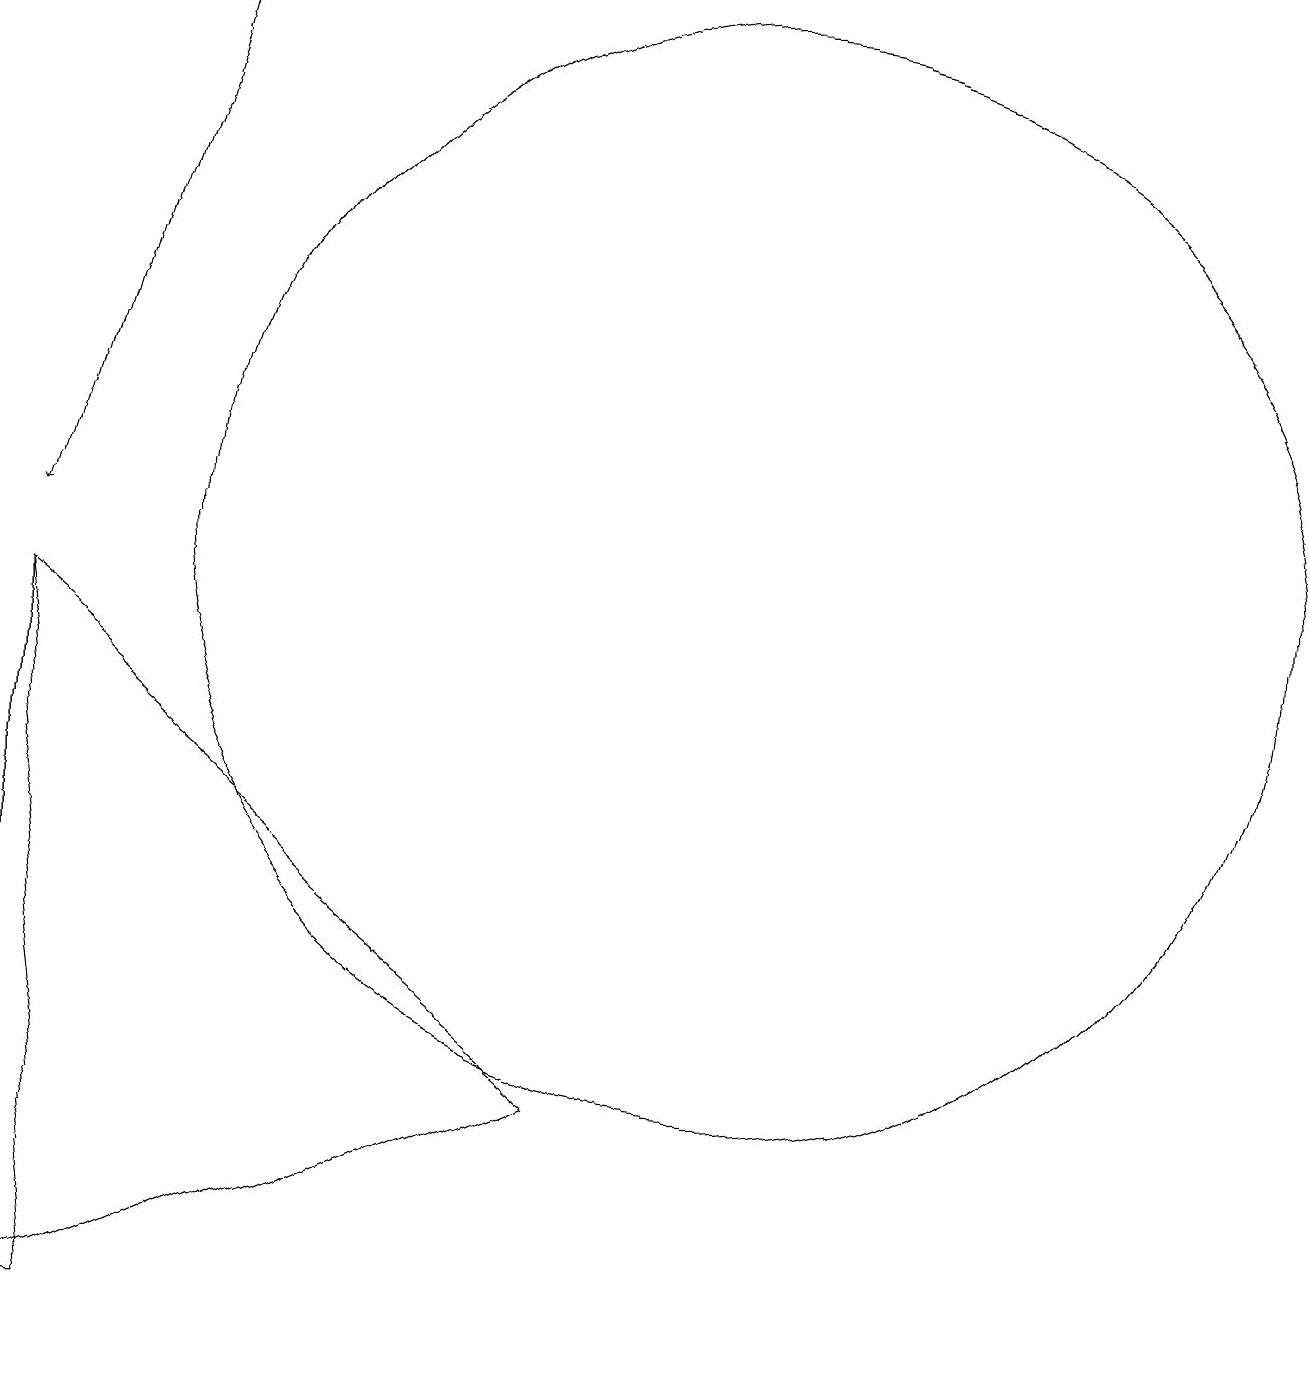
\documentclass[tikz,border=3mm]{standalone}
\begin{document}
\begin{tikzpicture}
\draw (2,0) -- (2,9) -- (3,0) -- cycle;
\draw (11,10) circle (7);
\draw (9,3) -- (2,0) -- (2,9) -- cycle;
\draw (11,12) circle (0);
\draw[->] (4,17) -- (2,10);
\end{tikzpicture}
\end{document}